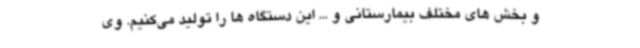
و بخش های مختلف بیمارستانی و ... این دستگاه ها را تولید می‌کنیم. وی